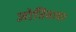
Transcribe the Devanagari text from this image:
जोतिबावर